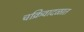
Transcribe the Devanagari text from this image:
चक्रिवादळात